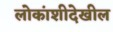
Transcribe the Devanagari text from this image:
लोकांशीदेखील